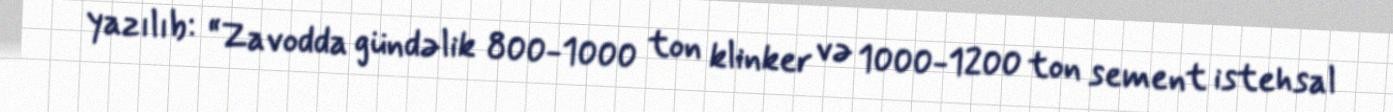
yazılıb: “Zavodda gündəlik 800-1000 ton klinker və 1000-1200 ton sement istehsal